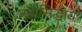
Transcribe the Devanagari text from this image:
महासिद्धाय